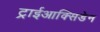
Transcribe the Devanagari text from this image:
ट्राईआक्सिडेन